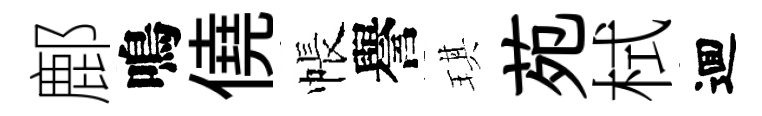
鄜鳴僥帳譽琪苑栻逥